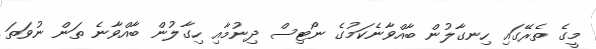
މީގެ ތެރޭގައި ހިނގާލުން ބާއްވާނެކަމުގެ ނޯޓިސް ދިނުމާއި ހިގާލުން ބާއްވާނެ ތަން ނުވަތަ